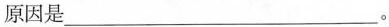
原因是___。